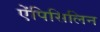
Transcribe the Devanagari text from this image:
ऐंपिसिलिन